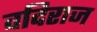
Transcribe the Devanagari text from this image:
वदिराज